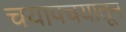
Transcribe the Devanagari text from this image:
चयापचयातून